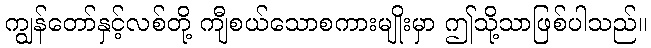
ကျွန်တော်နှင့်လစ်တို့ ကျီစယ်သောစကားမျိုးမှာ ဤသို့သာဖြစ်ပါသည်။